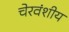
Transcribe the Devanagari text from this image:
चेरवंशीय